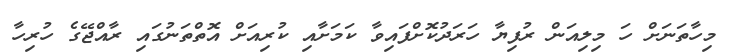
މިހާތަނަށް ހަ މިލިއަން ރުފިޔާ ހަަރަދުކޮށްފައިވާ ކަމަށާއި ކުރިއަށް އޮތްތަނުގައި ރާއްޖޭގެ ހުރިހާ